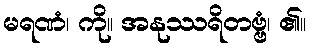
မရဏံ၊ ကို။ အနုဿရိတဗ္ဗံ၊ ၏။